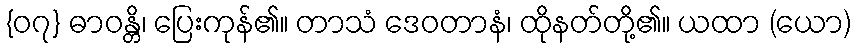
{၀၇} ဓာဝန္တိ၊ ပြေးကုန်၏။ တာသံ ဒေဝတာနံ၊ ထိုနတ်တို့၏။ ယထာ (ယော)